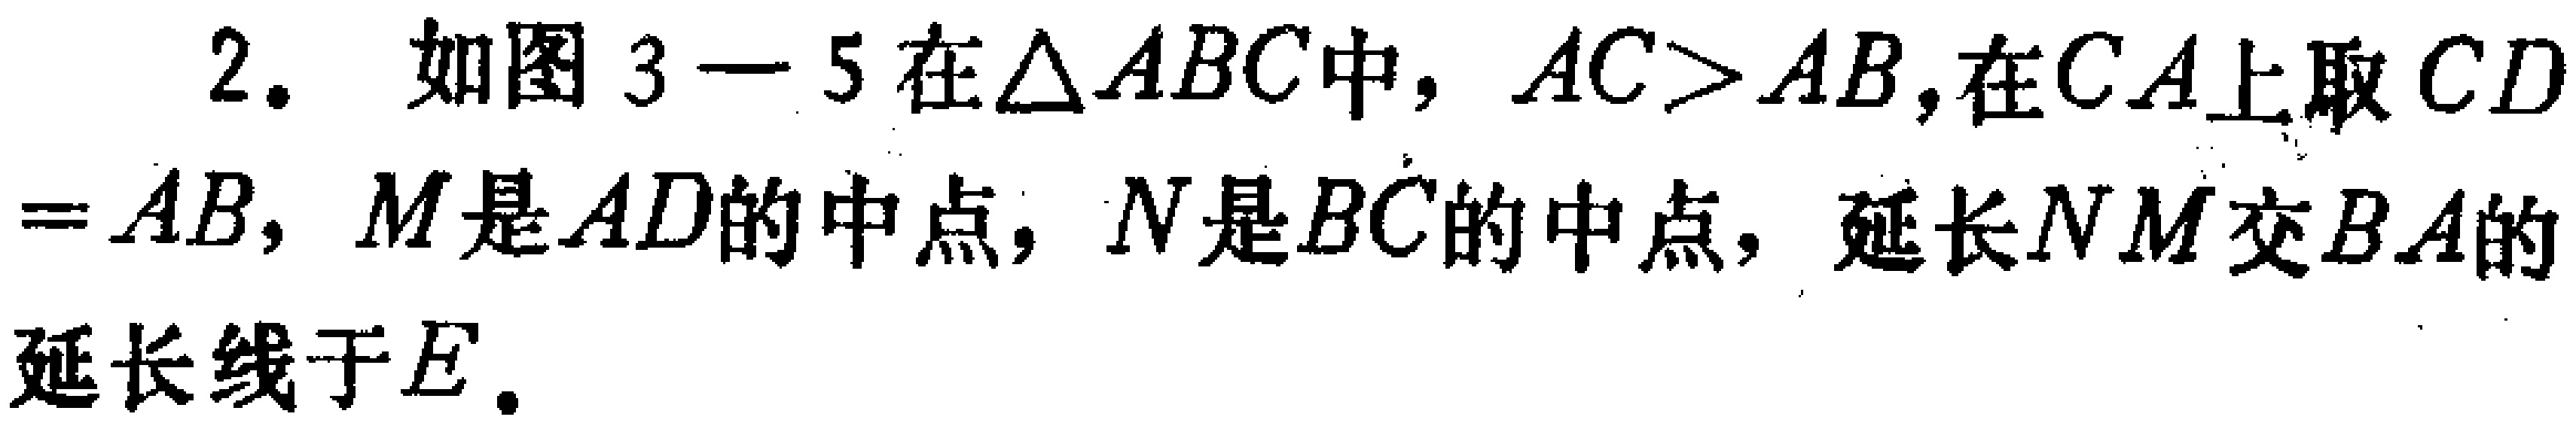
2. 如图3 - 5在\(\triangle ABC\)中，\(AC > AB\)，在\(CA\)上取\(CD = AB\)，\(M\)是\(AD\)的中点，\(N\)是\(BC\)的中点，延长\(NM\)交\(BA\)的延长线于\(E\)。